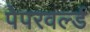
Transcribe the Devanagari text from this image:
पेपरवर्ल्ड